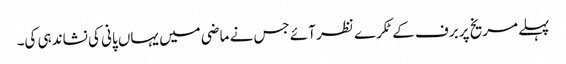
پہلے مریخ پر برف کے ٹکرے نظر آئے جس نے ماضی میں یہاں پانی کی نشاندہی کی۔